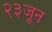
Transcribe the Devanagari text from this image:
२३जून